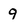
Character: 9